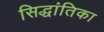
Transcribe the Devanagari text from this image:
सिद्धांतिका